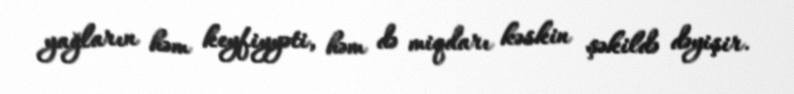
yağların həm keyfiyyəti, həm də miqdarı kəskin şəkildə dəyişir.